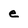
Character: e